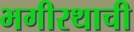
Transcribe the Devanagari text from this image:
भगीरथाची